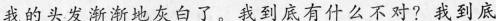
我的头发渐渐地灰白了。我到底有什么不对?我到底